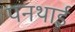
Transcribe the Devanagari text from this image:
पनथाई